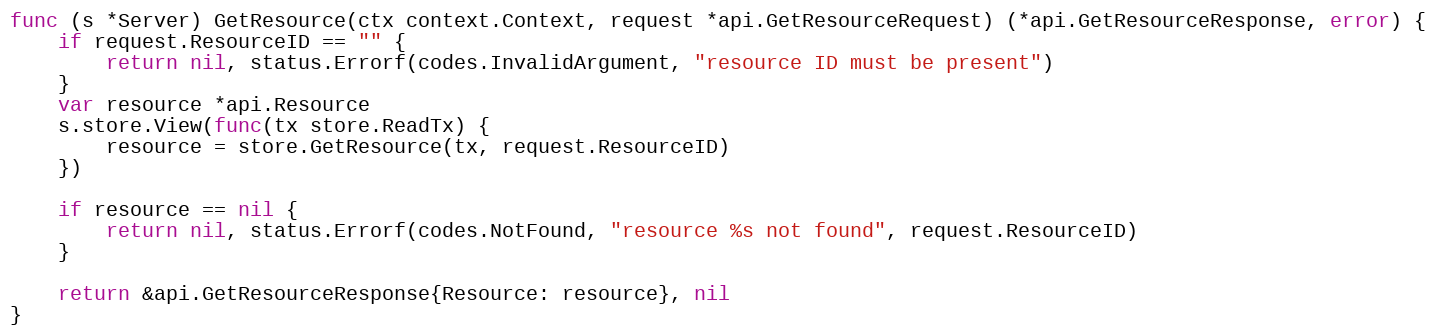
Language: Go
func (s *Server) GetResource(ctx context.Context, request *api.GetResourceRequest) (*api.GetResourceResponse, error) {
	if request.ResourceID == "" {
		return nil, status.Errorf(codes.InvalidArgument, "resource ID must be present")
	}
	var resource *api.Resource
	s.store.View(func(tx store.ReadTx) {
		resource = store.GetResource(tx, request.ResourceID)
	})

	if resource == nil {
		return nil, status.Errorf(codes.NotFound, "resource %s not found", request.ResourceID)
	}

	return &api.GetResourceResponse{Resource: resource}, nil
}